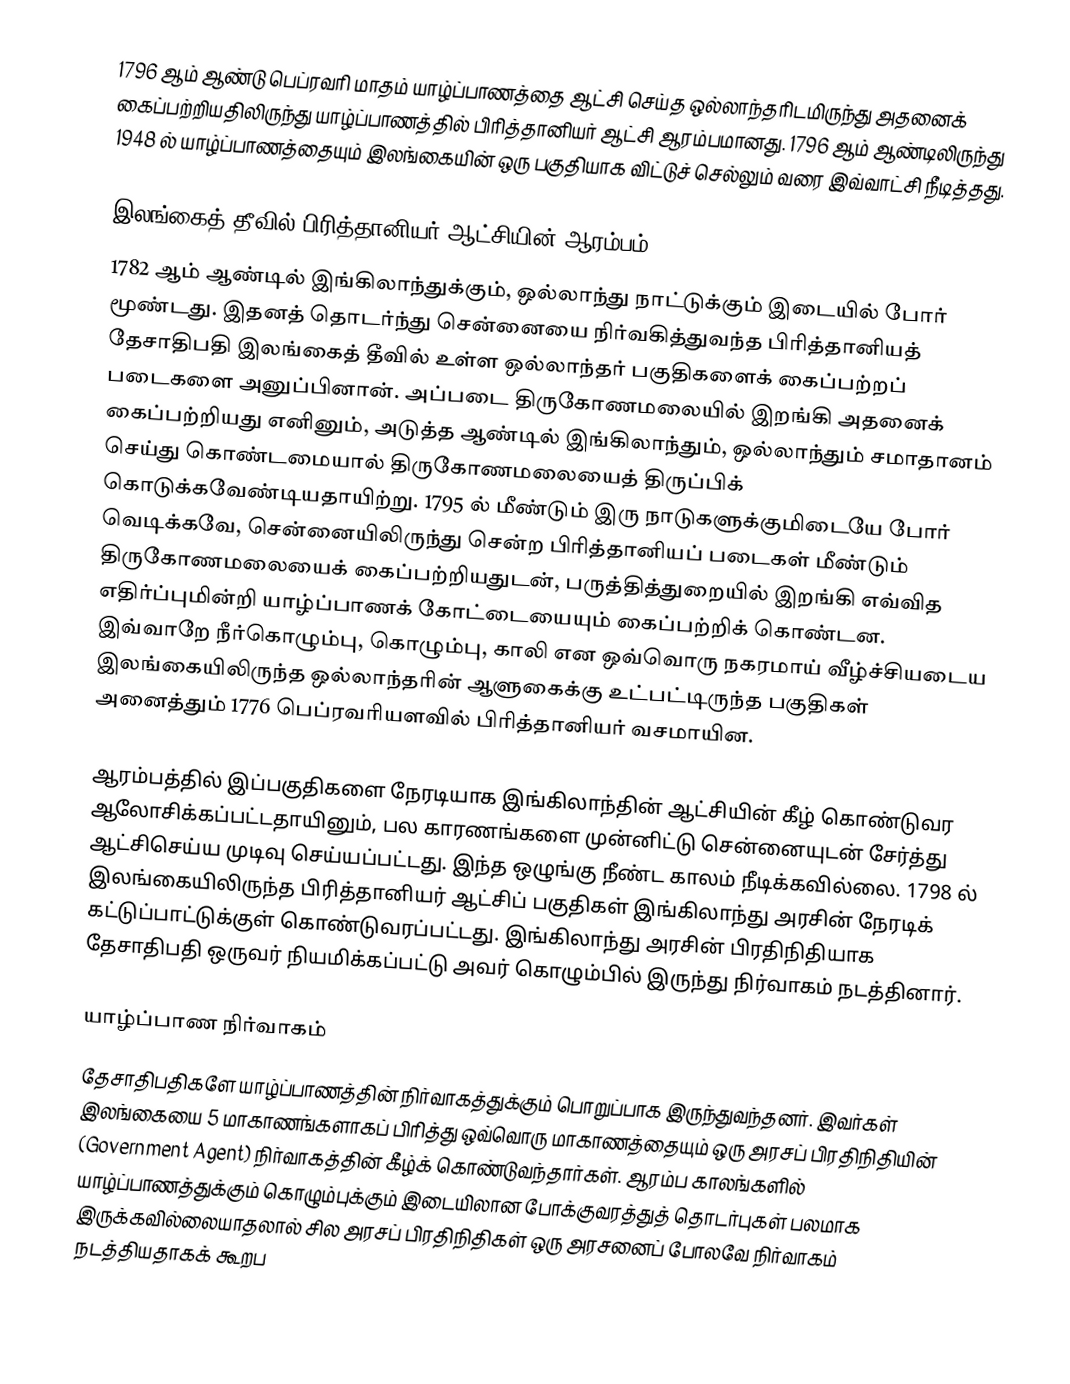
1796 ஆம் ஆண்டு பெப்ரவரி மாதம் யாழ்ப்பாணத்தை ஆட்சி செய்த ஒல்லாந்தரிடமிருந்து அதனைக் கைப்பற்றியதிலிருந்து யாழ்ப்பாணத்தில் பிரித்தானியர் ஆட்சி ஆரம்பமானது. 1796 ஆம் ஆண்டிலிருந்து 1948 ல் யாழ்ப்பாணத்தையும் இலங்கையின் ஒரு பகுதியாக விட்டுச் செல்லும் வரை இவ்வாட்சி நீடித்தது.

இலங்கைத் தீவில் பிரித்தானியர் ஆட்சியின் ஆரம்பம்
1782 ஆம் ஆண்டில் இங்கிலாந்துக்கும், ஒல்லாந்து நாட்டுக்கும் இடையில் போர் மூண்டது. இதனத் தொடர்ந்து சென்னையை நிர்வகித்துவந்த பிரித்தானியத் தேசாதிபதி இலங்கைத் தீவில் உள்ள ஒல்லாந்தர் பகுதிகளைக் கைப்பற்றப் படைகளை அனுப்பினான். அப்படை திருகோணமலையில் இறங்கி அதனைக் கைப்பற்றியது எனினும், அடுத்த ஆண்டில் இங்கிலாந்தும், ஒல்லாந்தும் சமாதானம் செய்து கொண்டமையால் திருகோணமலையைத் திருப்பிக் கொடுக்கவேண்டியதாயிற்று. 1795 ல் மீண்டும் இரு நாடுகளுக்குமிடையே போர் வெடிக்கவே, சென்னையிலிருந்து சென்ற பிரித்தானியப் படைகள்  மீண்டும் திருகோணமலையைக் கைப்பற்றியதுடன், பருத்தித்துறையில் இறங்கி எவ்வித எதிர்ப்புமின்றி யாழ்ப்பாணக் கோட்டையையும் கைப்பற்றிக் கொண்டன. இவ்வாறே நீர்கொழும்பு, கொழும்பு, காலி என ஒவ்வொரு நகரமாய் வீழ்ச்சியடைய இலங்கையிலிருந்த ஒல்லாந்தரின் ஆளுகைக்கு உட்பட்டிருந்த பகுதிகள் அனைத்தும் 1776 பெப்ரவரியளவில் பிரித்தானியர் வசமாயின.

ஆரம்பத்தில் இப்பகுதிகளை நேரடியாக இங்கிலாந்தின் ஆட்சியின் கீழ் கொண்டுவர ஆலோசிக்கப்பட்டதாயினும், பல காரணங்களை முன்னிட்டு சென்னையுடன் சேர்த்து ஆட்சிசெய்ய முடிவு செய்யப்பட்டது. இந்த ஒழுங்கு நீண்ட காலம் நீடிக்கவில்லை. 1798 ல் இலங்கையிலிருந்த பிரித்தானியர் ஆட்சிப் பகுதிகள் இங்கிலாந்து அரசின் நேரடிக் கட்டுப்பாட்டுக்குள் கொண்டுவரப்பட்டது. இங்கிலாந்து அரசின் பிரதிநிதியாக தேசாதிபதி ஒருவர் நியமிக்கப்பட்டு அவர் கொழும்பில் இருந்து நிர்வாகம் நடத்தினார்.

யாழ்ப்பாண நிர்வாகம்
தேசாதிபதிகளே யாழ்ப்பாணத்தின் நிர்வாகத்துக்கும் பொறுப்பாக இருந்துவந்தனர். இவர்கள் இலங்கையை 5 மாகாணங்களாகப் பிரித்து ஒவ்வொரு மாகாணத்தையும் ஒரு அரசப் பிரதிநிதியின் (Government Agent) நிர்வாகத்தின் கீழ்க் கொண்டுவந்தார்கள். ஆரம்ப காலங்களில் யாழ்ப்பாணத்துக்கும் கொழும்புக்கும் இடையிலான போக்குவரத்துத் தொடர்புகள் பலமாக இருக்கவில்லையாதலால் சில அரசப் பிரதிநிதிகள் ஒரு அரசனைப் போலவே நிர்வாகம் நடத்தியதாகக் கூறப